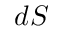
d S